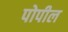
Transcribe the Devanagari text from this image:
पोपील